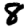
Digit: 8